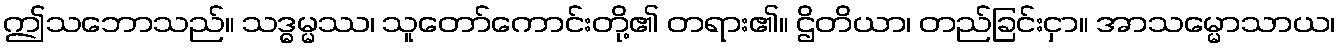
ဤသဘောသည်။ သဒ္ဓမ္မဿ၊ သူတော်ကောင်းတို့၏ တရား၏။ ဌိတိယာ၊ တည်ခြင်းငှာ။ အာသမ္မောသာယ၊